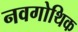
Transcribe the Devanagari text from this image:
नवगोथिक